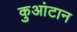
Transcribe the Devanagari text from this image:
कुआंटान